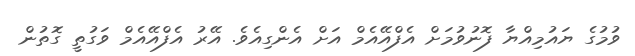
ވުމުގެ ޔައުމިއްޔާ ފޮނުވުމަށް އެފްއޭއެމް އަށް އެންގިއެވެ. އޭރު އެފްއޭއެމް ވަގުތީ ގޮތުން